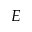
E